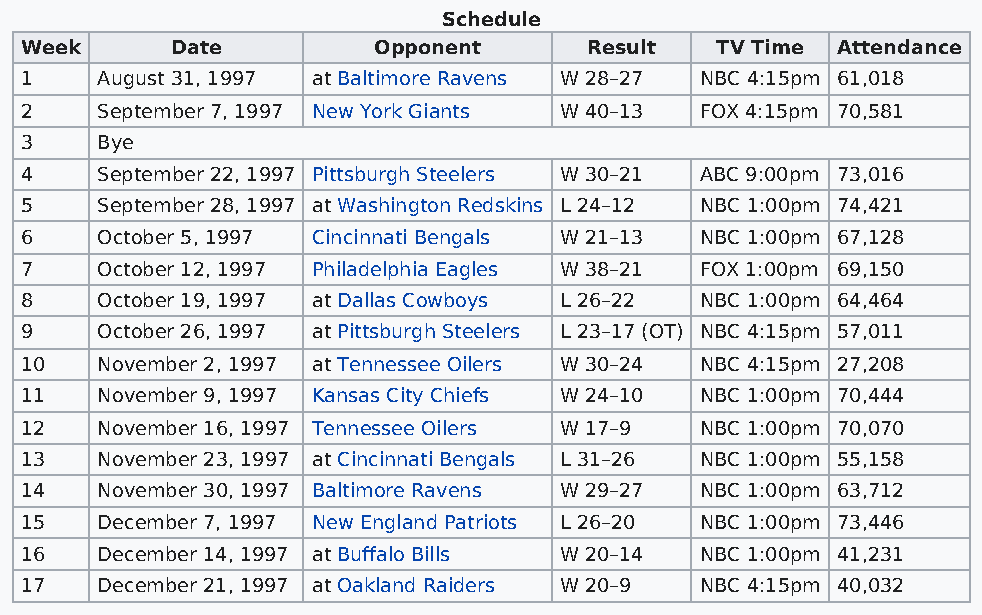
Schedule
 Week      Date          Opponent      Result  TV Time Attendance
 1    August 31, 1997 at Baltimore Ravens W 28–27 NBC 4:15pm 61,018
 2    September 7, 1997 New York Giants W 40–13 FOX 4:15pm 70,581
 3    Bye
 4    September 22, 1997 Pittsburgh Steelers W 30–21 ABC 9:00pm 73,016
 5    September 28, 1997 at Washington Redskins L 24–12 NBC 1:00pm 74,421
 6    October 5, 1997 Cincinnati Bengals W 21–13 NBC 1:00pm 67,128
 7    October 12, 1997 Philadelphia Eagles W 38–21 FOX 1:00pm 69,150
 8    October 19, 1997 at Dallas Cowboys L 26–22 NBC 1:00pm 64,464
 9    October 26, 1997 at Pittsburgh Steelers L 23–17 (OT) NBC 4:15pm 57,011
 10   November 2, 1997 at Tennessee Oilers W 30–24 NBC 4:15pm 27,208
 11   November 9, 1997 Kansas City Chiefs W 24–10 NBC 1:00pm 70,444
 12   November 16, 1997 Tennessee Oilers W 17–9 NBC 1:00pm 70,070
 13   November 23, 1997 at Cincinnati Bengals L 31–26 NBC 1:00pm 55,158
 14   November 30, 1997 Baltimore Ravens W 29–27 NBC 1:00pm 63,712
 15   December 7, 1997 New England Patriots L 26–20 NBC 1:00pm 73,446
 16   December 14, 1997 at Buffalo Bills W 20–14 NBC 1:00pm 41,231
 17   December 21, 1997 at Oakland Raiders W 20–9 NBC 4:15pm 40,032